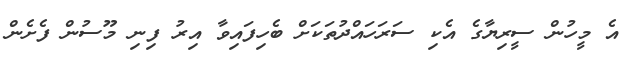
އެ މީހުން ސީރިޔާގެ އެކި ސަރަހައްދުތަކަށް ބެހިފައިވާ އިރު ފިނި މޫސުން ފެށެން